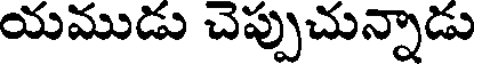
యముడు చెప్పుచున్నాడు